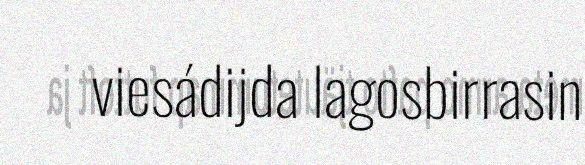
viesádijda lagosbirrasin